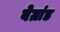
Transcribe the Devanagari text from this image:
बेग्रांड